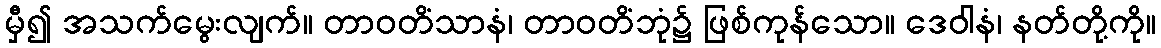
မှီ၍ အသက်မွေးလျက်။ တာဝတိံသာနံ၊ တာဝတိံဘုံ၌ ဖြစ်ကုန်သော။ ဒေဝါနံ၊ နတ်တို့ကို။